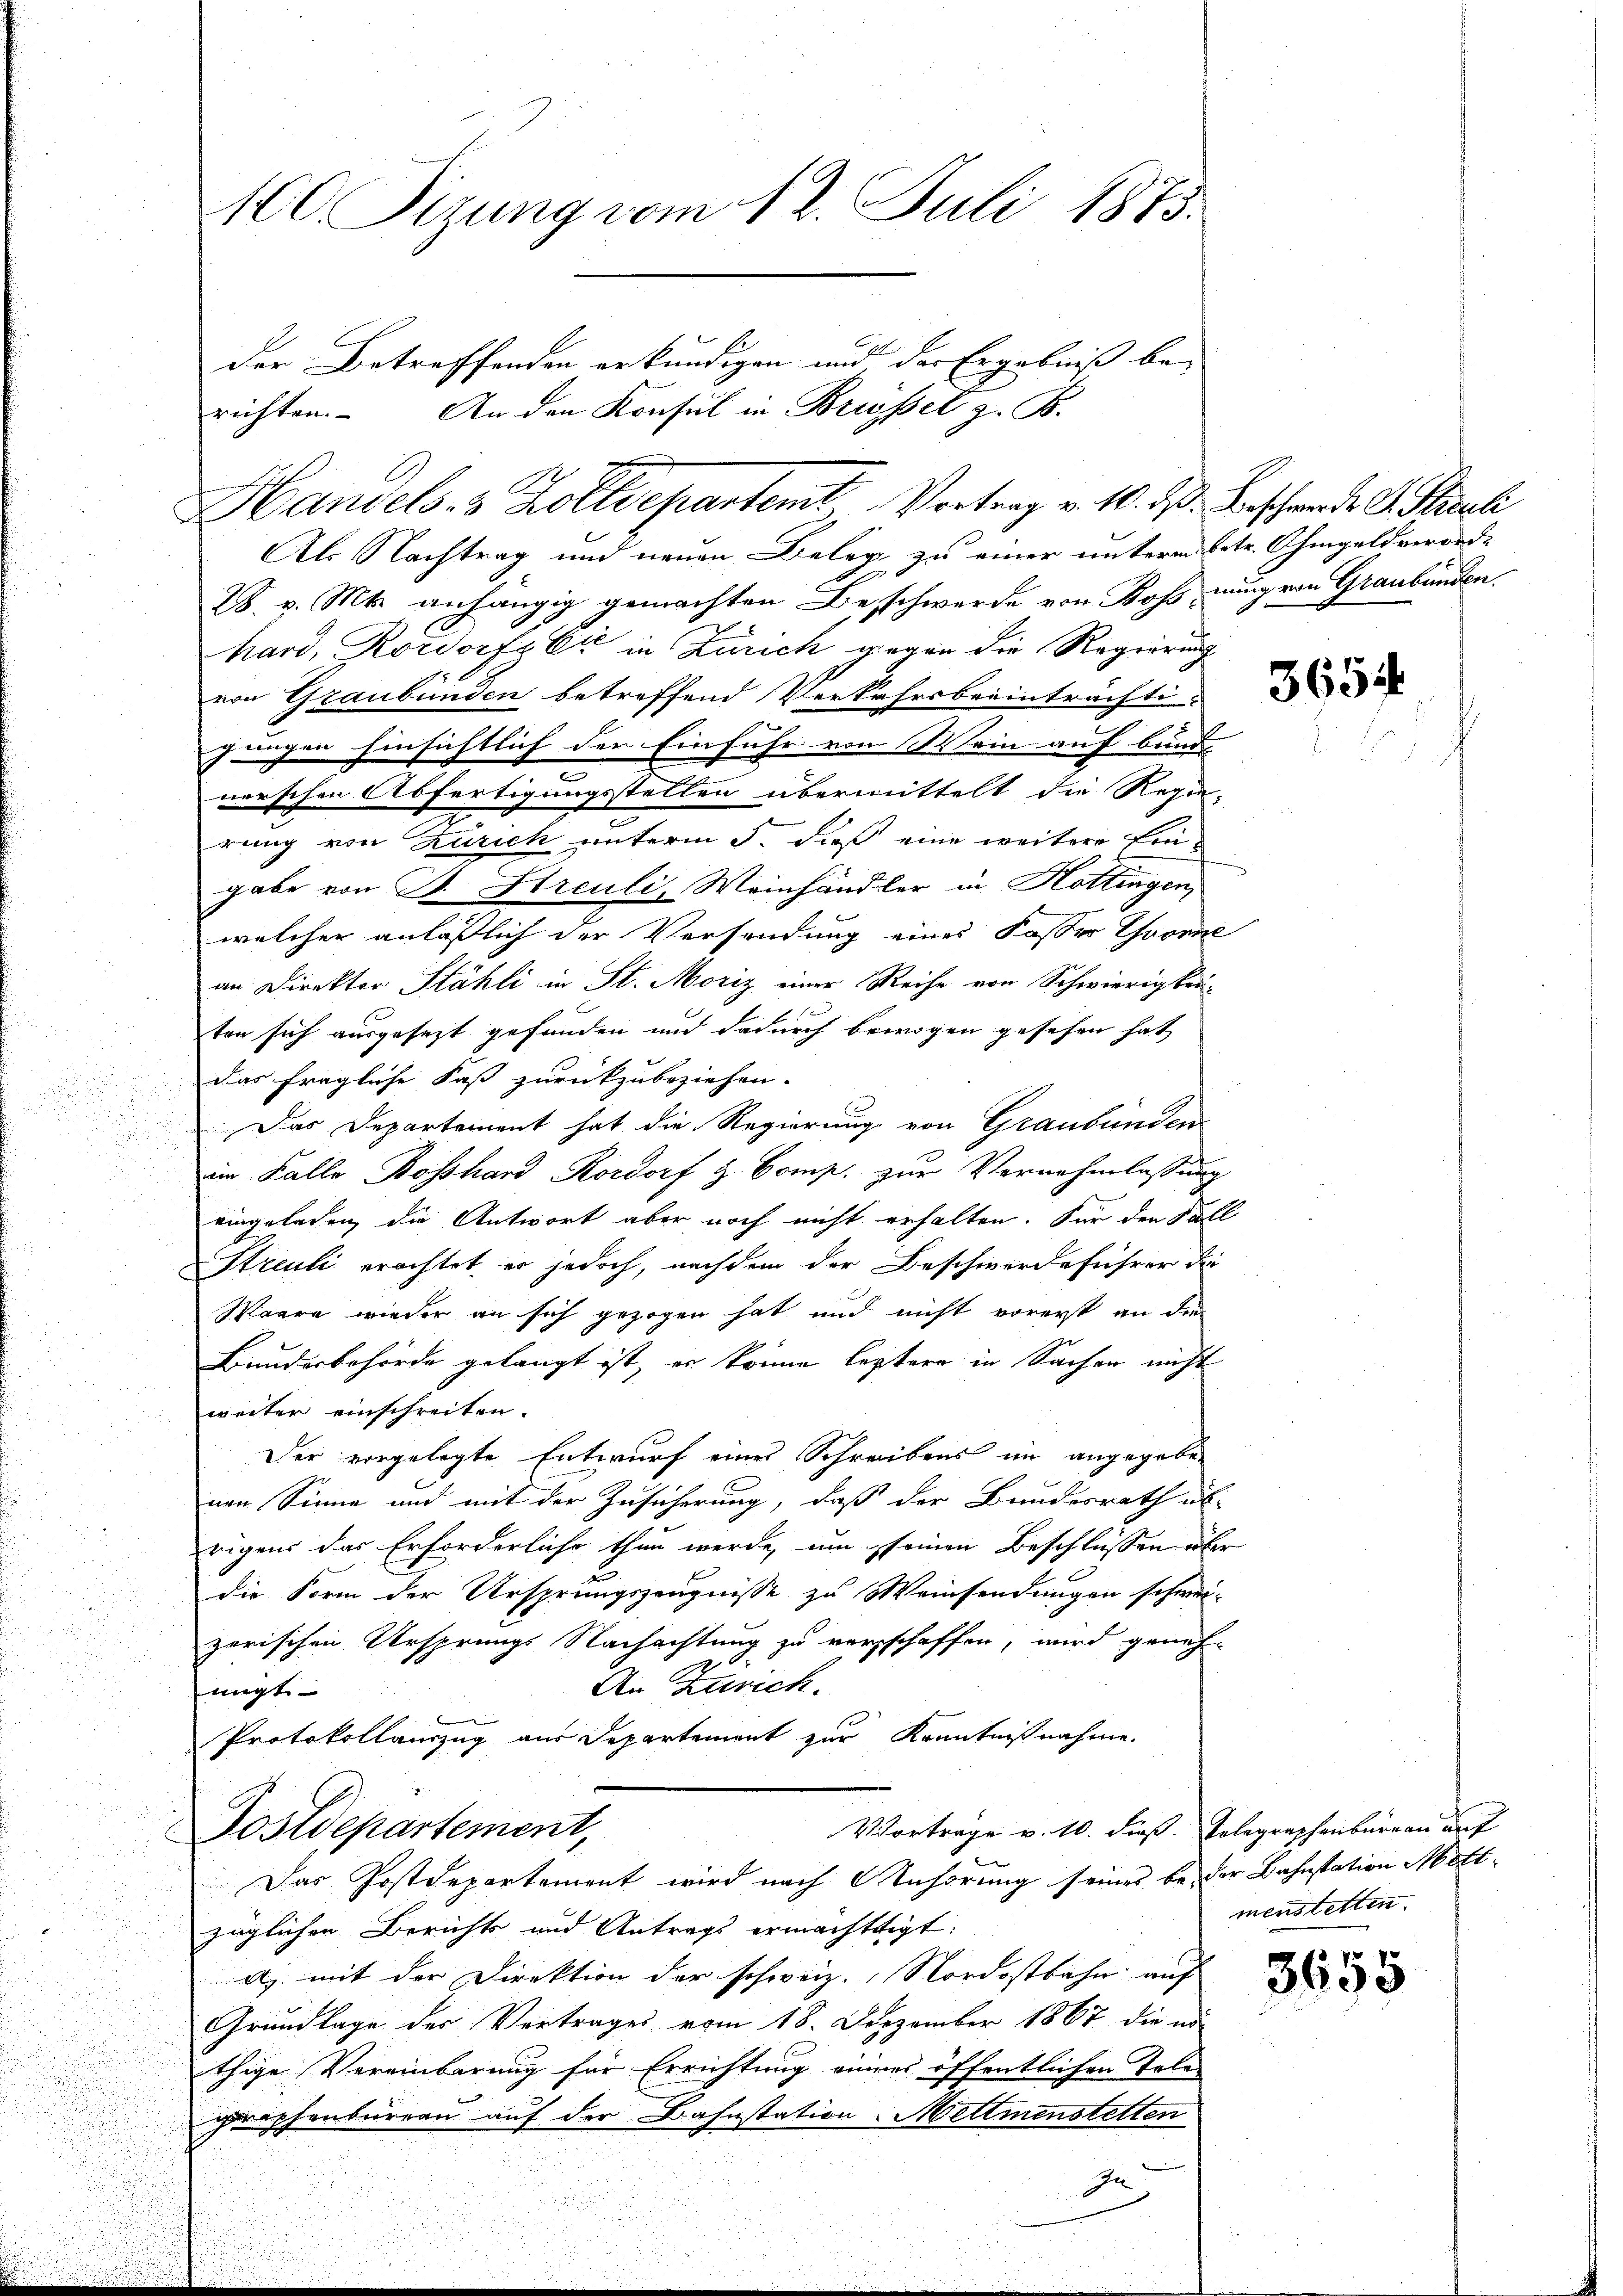
MC Sizung vom 12. Juli 1875.

der Betreffenden erkundigen und der Ergebniß bei
richten. An den Konsul in Brisset z. B.
Handels- & Zolldepartemt Vortrag v. 10. d. Beschwerde d. Sticuli

Als Nachtrag und neuen Beleg zu einer unterm betr. Ohmgeldverord¬
28. v. Mts. anhängig gemachten Beschwerde von Ross nung von Graubünden.
hard, Rordorfz Er in Zürich gegen die Regierung
von Graubünden betreffend Verkehrsbeeinträchti-
jungen hinsichtlich der Einfuhr von Wein auf bunde
nerschen Abfertigungsstellen übermittelt die Regie-
rung von Zürich unterm 5. dieß eine weitere Freigabe von B. Streuli, Weinhändler in Hottingen,
welcher anläßlich der Versendung eines Fasser Thoril
an Direktor Stähli in St. Moriz einer Reihe von Schwierig kei-
s
ten sich ausgesezt gefunden und dadurch bewogen gesehen hat,
das fragliche Fast zurückzubeziehen. |
Das Departement hat die Regierung von Graubünden
d
u
im Falle Bosshard Rordorf H. Comp. zur Vernehmlassung
eingeladen, die Antwort aber noch nicht erhalten. Für den Soll
Streuli erachtet er jedoch, nachdem der Beschwerdeführer die
Waare wieder an sich gezogen hat und nicht vorerst an die
Bunderbehörde gelangt ist, er könne leztere in Sachen nicht
weiter einschreiten.
Der vorgelegte Entwurf eines Schreibens im angegeben
nen Sinne und mit der Zusicherung, daß der Bundesrath ab-
eigens das Erforderliche thun werde, um seinen Beschlüssen über
die Form der Ursprungszeugnisse zu Weinsendungen schwei-
zerischen Ursprungs Nachachtung zu verschaffen, wird geneh-
An Zürich.
migt
Protokollauszug aus Departement zur Kenntnißnahme.
Vortrage v. 10. dieß. Telegraphenburgen auf
Postdepartement,
Das Postdepartement wird nach Anhörung seines bei der Bahnstation Mettzüglichen Berichts und Antrags ermächtigt.
a) mit der Direktion der schweiz. Nordostbahn auf
Grundlage der Vertrages vom 18. Dezember 1867 die no
thige Vereinbarung für Errichtung eines öffentlichen Tele-
graphenbüreau auf der Bahnstation Mettmenstetten
In

3654

menstetten.

3655